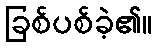
ခြစ်ပစ်ခဲ့၏။